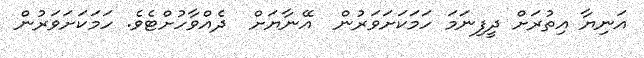
އަނިޔާ އިތުރަށް ދީފިނަމަ ހަމަކަށަވަރުން  އޭނާޔަށް  ދެއްވާހުށްޓެވެ. ހަމަކަށަވަރުން